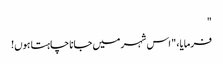
"
فرمایا، " اس شہر میں جانا چاہتا ہوں!